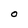
Character: o